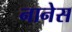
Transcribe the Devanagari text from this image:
नानेस